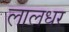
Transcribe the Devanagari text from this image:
लालधर